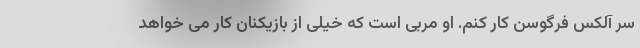
سر آلکس فرگوسن کار کنم. او مربی است که خیلی از بازیکنان کار می خواهد